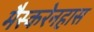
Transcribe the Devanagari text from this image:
मैस्करेनहास